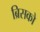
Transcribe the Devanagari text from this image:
ब्रिसको